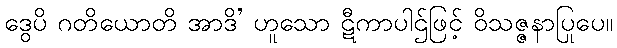
ဒွေပိ ဂတိယောတိ အာဒိ’ ဟူသော ဋီကာပါဌ်ဖြင့် ဝိသဇ္ဇနာပြုပေ။